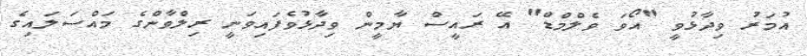
އުމަރު ވިދާޅުވީ "އޯވަ ވެލްމްޑް" އޭ ރައީސް ޔާމީން ވިދާޅުވެފައިވަނީ ރިލްވާންގެ މައްސަލައިގެ